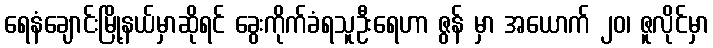
ရေနံချောင်းမြို့နယ်မှာဆိုရင် ခွေးကိုက်ခံရသူဦးရေဟာ ဇွန် မှာ အယောက် ၂၀၊ ဇူလိုင်မှာ